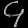
Digit: ၄